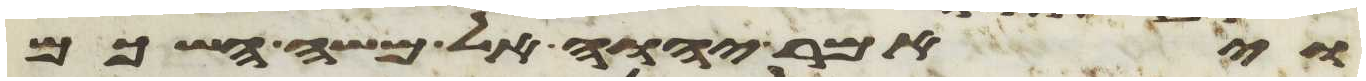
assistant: ויאמר יהוה אל משה השכם